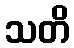
သတိ